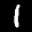
Digit: 1